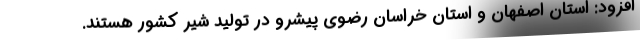
افزود: استان اصفهان و استان خراسان رضوی پیشرو در تولید شیر کشور هستند.